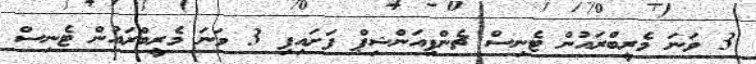
3 ވަނަ މެރީބްރައުން ޓެނިސް ޗެންޕިއަންޝިޕް ފަށައިފި 3 ވަނަ މެރީބްރައުން ޓެނިސް